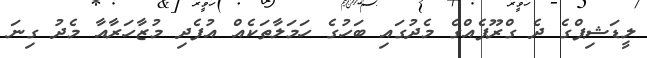
ލީޑަޝިޕްގެ ދެ ގްރޫޕެއްގެ މެދުގައި ބަހުގެ ހަމަލާތަކެއް އުފެދި މުޒާހަރާއާ މެދު ގިނަ